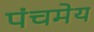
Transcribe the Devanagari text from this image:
पंचमेय